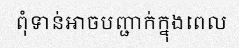
ពុំទាន់អាចបញ្ជាក់ក្នុងពេល